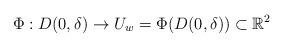
LaTeX: \begin{align*}\Phi:D(0,\delta) \to U_{w}=\Phi(D(0,\delta)) \subset \mathbb{R}^{2}\end{align*}